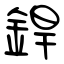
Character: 銲